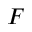
F